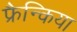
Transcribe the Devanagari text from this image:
फ्रैन्किया